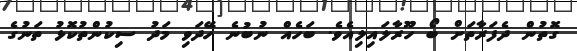
ގޮތުން ދެފަރާތަށް ބޯ ހޫރާލައިލިއެވެ. ބަހެއް ނުބުނެ ހޭދަވި މަދު ސިކުންތުކޮޅު ތަނުގެ